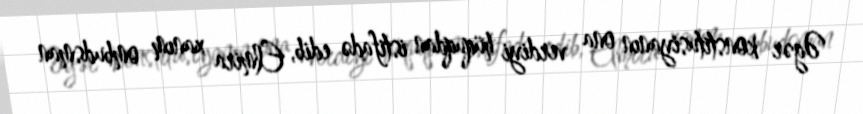
Əgər konstitusiyanın ona verdiyi hüquqdan istifadə edib, Elmira xanım ombudsman